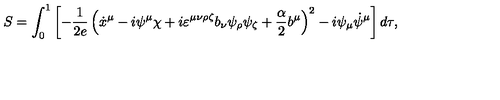
S = \int _ { 0 } ^ { 1 } \left[ - \frac { 1 } { 2 e } \left( \dot { x } ^ { \mu } - i \psi ^ { \mu } \chi + i \varepsilon ^ { \mu \nu \rho \zeta } b _ { \nu } \psi _ { \rho } \psi _ { \zeta } + { \frac { \alpha } { 2 } } b ^ { \mu } \right) ^ { 2 } - i \psi _ { \mu } \dot { \psi } ^ { \mu } \right] d \tau ,